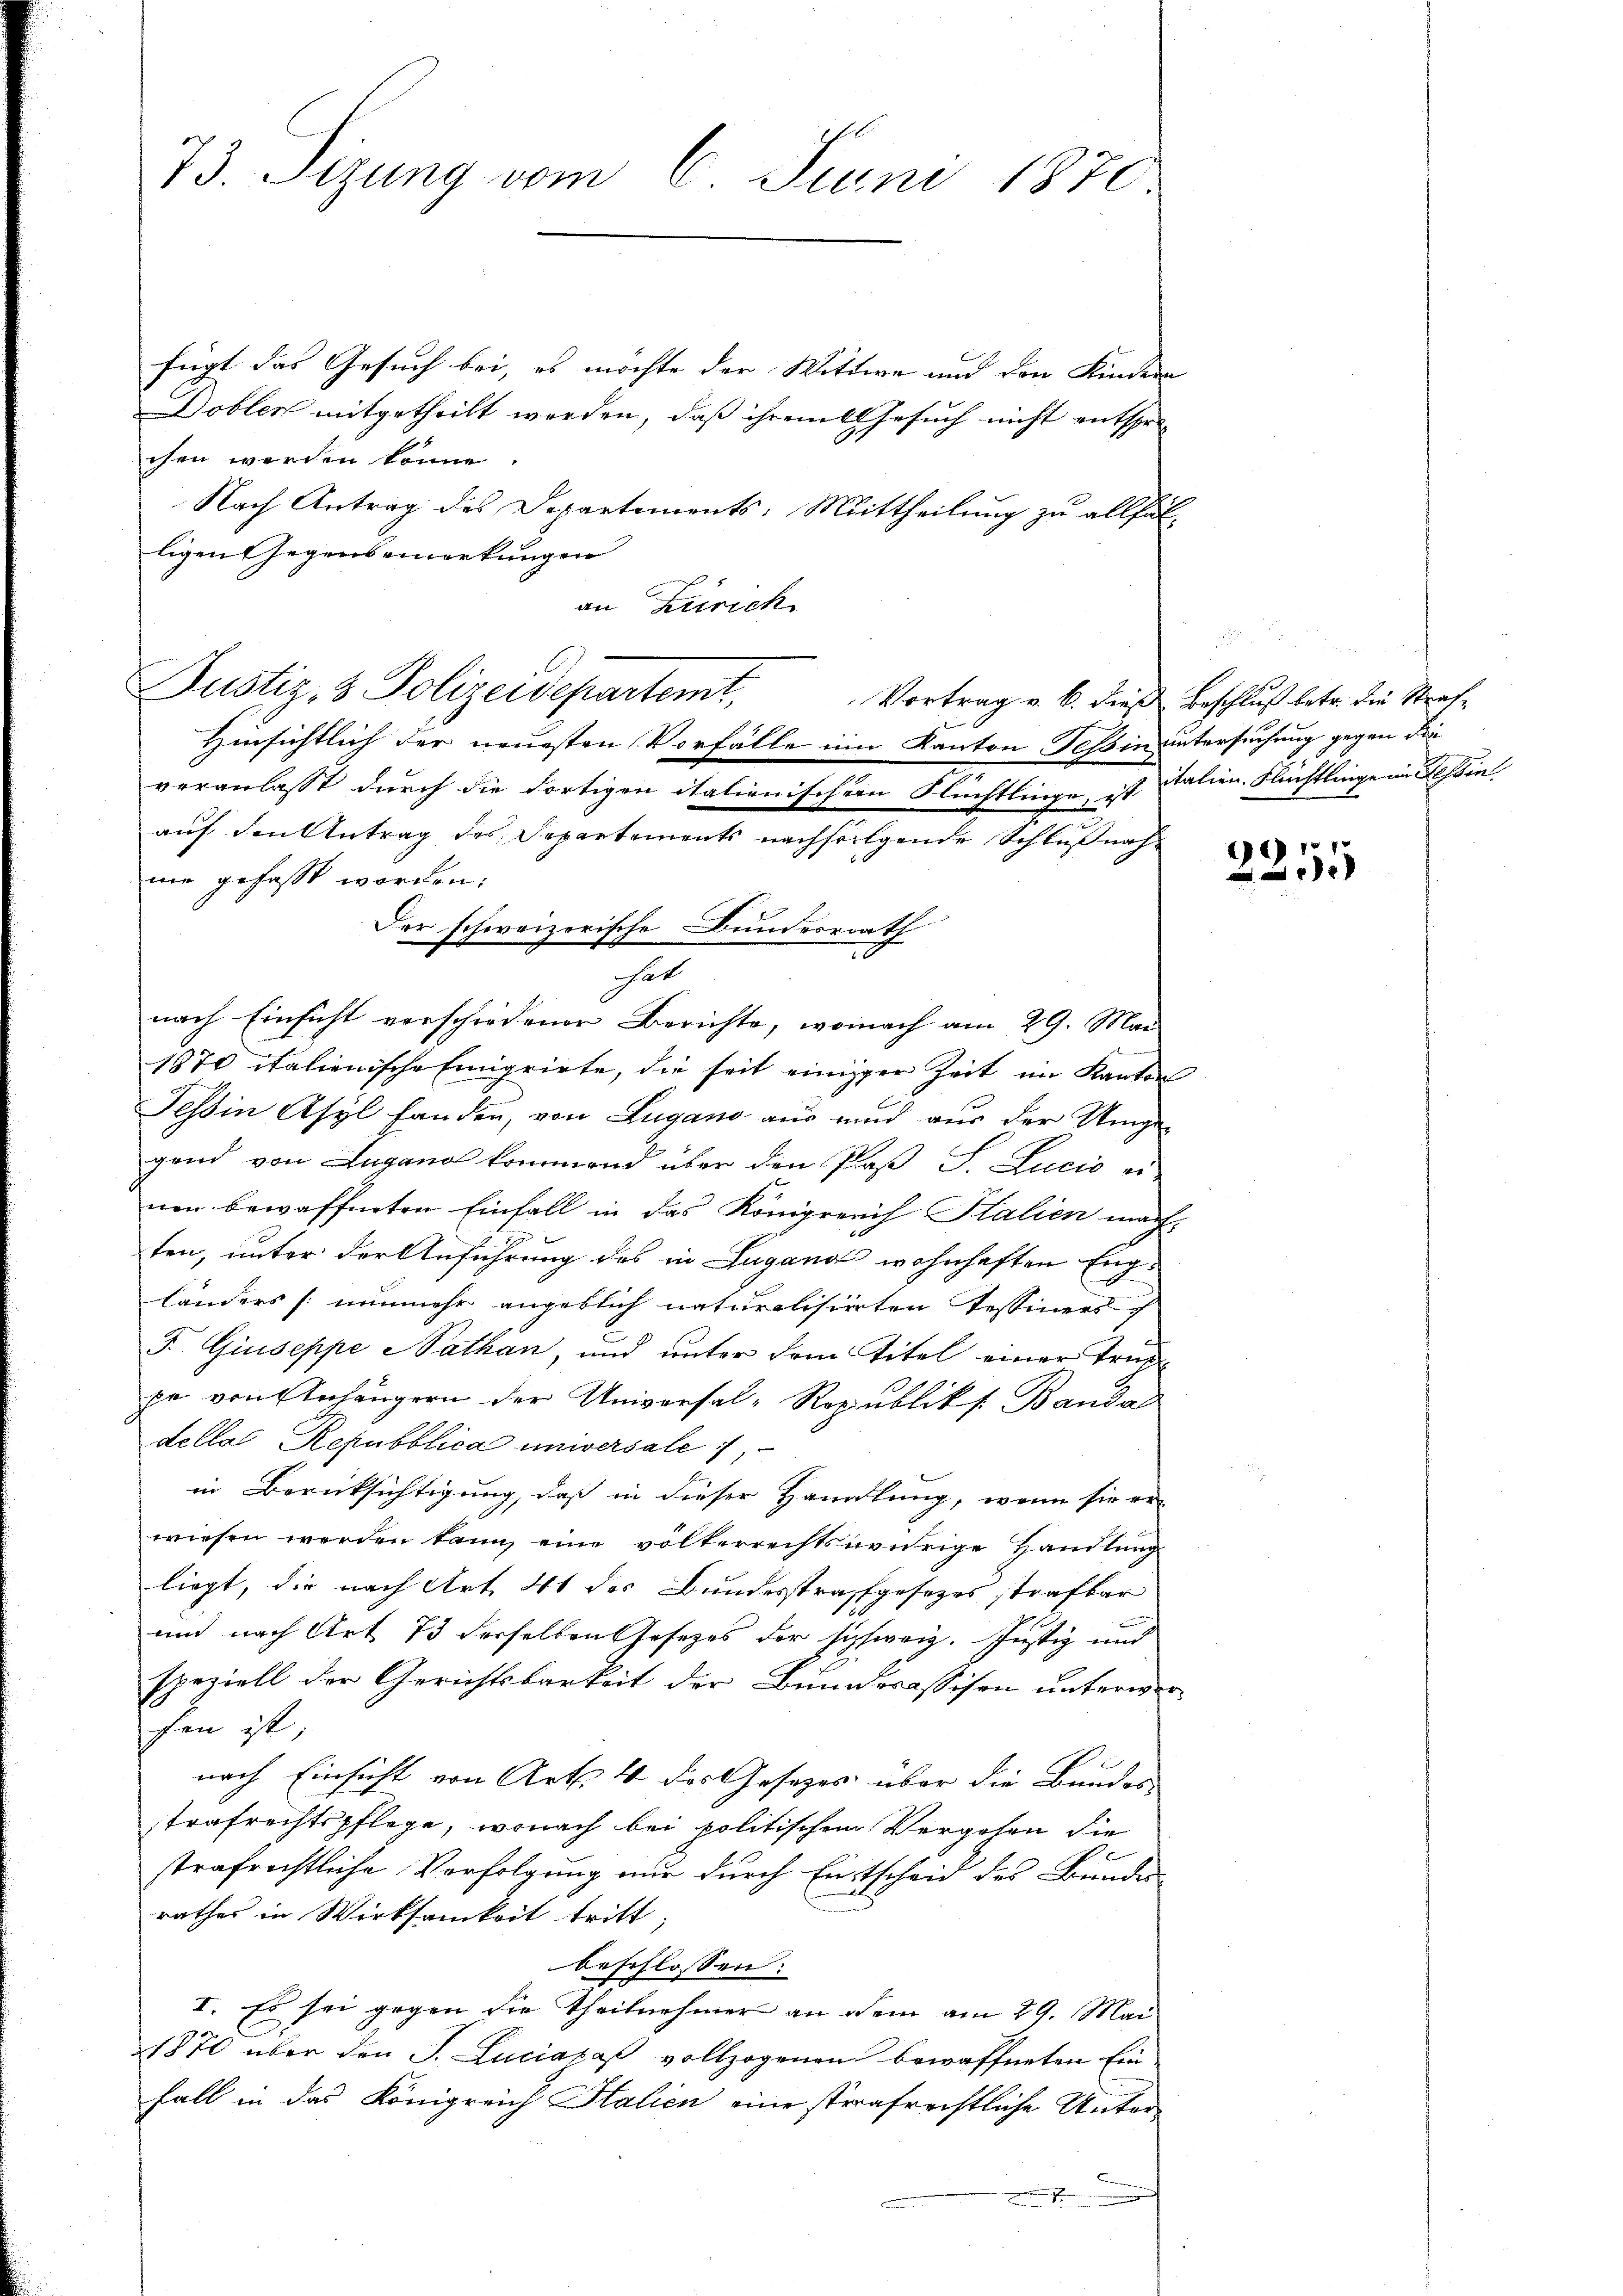
73. Sizung vom 6. Juni 1870

fügt das Gesuch bei, es möchte der Wittwe und den Kindern |
Dobler mitgetheilt werden, daß ihrem Gesuch nicht entspre
chen werden könne.
Nach Antrag des Departements: Mittheilung zu allfälligen Gegenbemerkungen
an Zürich
nie gefasst worden;
nach Einsicht verschiedener Berichte, wonach am 29. Mai
1870 italienische Emigrirte, die seit einiger Zeit im Kanton
Tessin Asyl fanden, von Lugano aus und aus der Umge-
gend von Lugano kommend über den Paß S. Lucio ei-
nen bewaffneten Einfall in das Königreich Italien mach-
ten, unter der Anführung des in Lugand wohnhaften Eng¬
Länders (nunmehr angeblich naturalisierten Tessiners
F. Giuseppe Nathan, und unter dem Titel einer Truppe von Anhängern der Universal-Ropublik s. Banda
della Repubblica universale
in Berücksichtigung, daß in dieser Handlung, wenn sie er-
wiesen werden kann, eine völkerrechtswidrige Handlung
liegt, die nach Art. 41 des Bundesstrafgesetzes strafbar
und nach Art 73 derselben Josepos der schweiz. Justiz und
speziell der Gerichtsbarkeit der Bunderassisen unterwerhen ist;
2
nach Einsicht von Art. 4 des Gesetzes über die Bundesstrafrechtspflege, wonach bei politischen Vergehen die
2
strafrechtliche Verfolgung nur durch Entscheid des Bunde
rathes in Wirksamkeit tritt
beschlossen:
I. Es sei gegen die Theilnehmer an dem am 29. Mai
1870 über den J. Luciazaß vollzogenen bewaffneten Ein-
fall in das Königreich Italien eine strafrechtliche Unter¬

Justiz- & Polizeidepartemt,
Hinsichtlich der neuesten Vorfälle im Kanton Tessin untersuchung gegen die
veranlasst durch die dortigen italienischen Flüchtlinge, ist italien Flüchtlinge im Tessin. |
auf den Antrag des Separtements nachfolgende Schluß nach
Der schweizerische Bundesrath
hat

Vortrag v. 6. dieß Beschluß betr. die Straf¬

2255